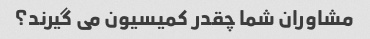
مشاوران شما چقدر کمیسیون می گیرند؟